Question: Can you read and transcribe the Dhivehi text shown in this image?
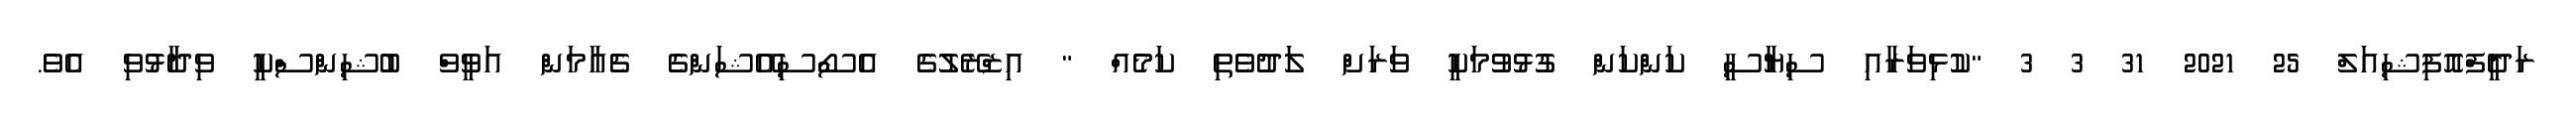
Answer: ރަދީފްއޮފިޝިއަލް 25 2021 31 3 3 "ކުޅިވަރާއި ސިޔާސީ ކަންކަން ގުޅުވުމަކީ ވަރަށް ލަދުވެތި ކަމެއް " އިޒްރޭލުގެ އެސޯސިއޭޝަންގެ ޗެއާމަން އަވީވް ބުޝިންސްކީ ވިދާޅުވި އެވެ.